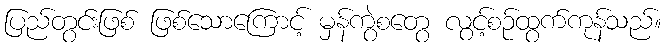
ပြည်တွင်းဖြစ် ဖြစ်သောကြောင့် မှန်ကွဲစတွေ လွင့်စဉ်ထွက်ကုန်သည်။